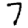
Digit: 7